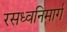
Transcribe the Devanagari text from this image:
रसध्वनिमार्ग